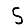
Digit: 5